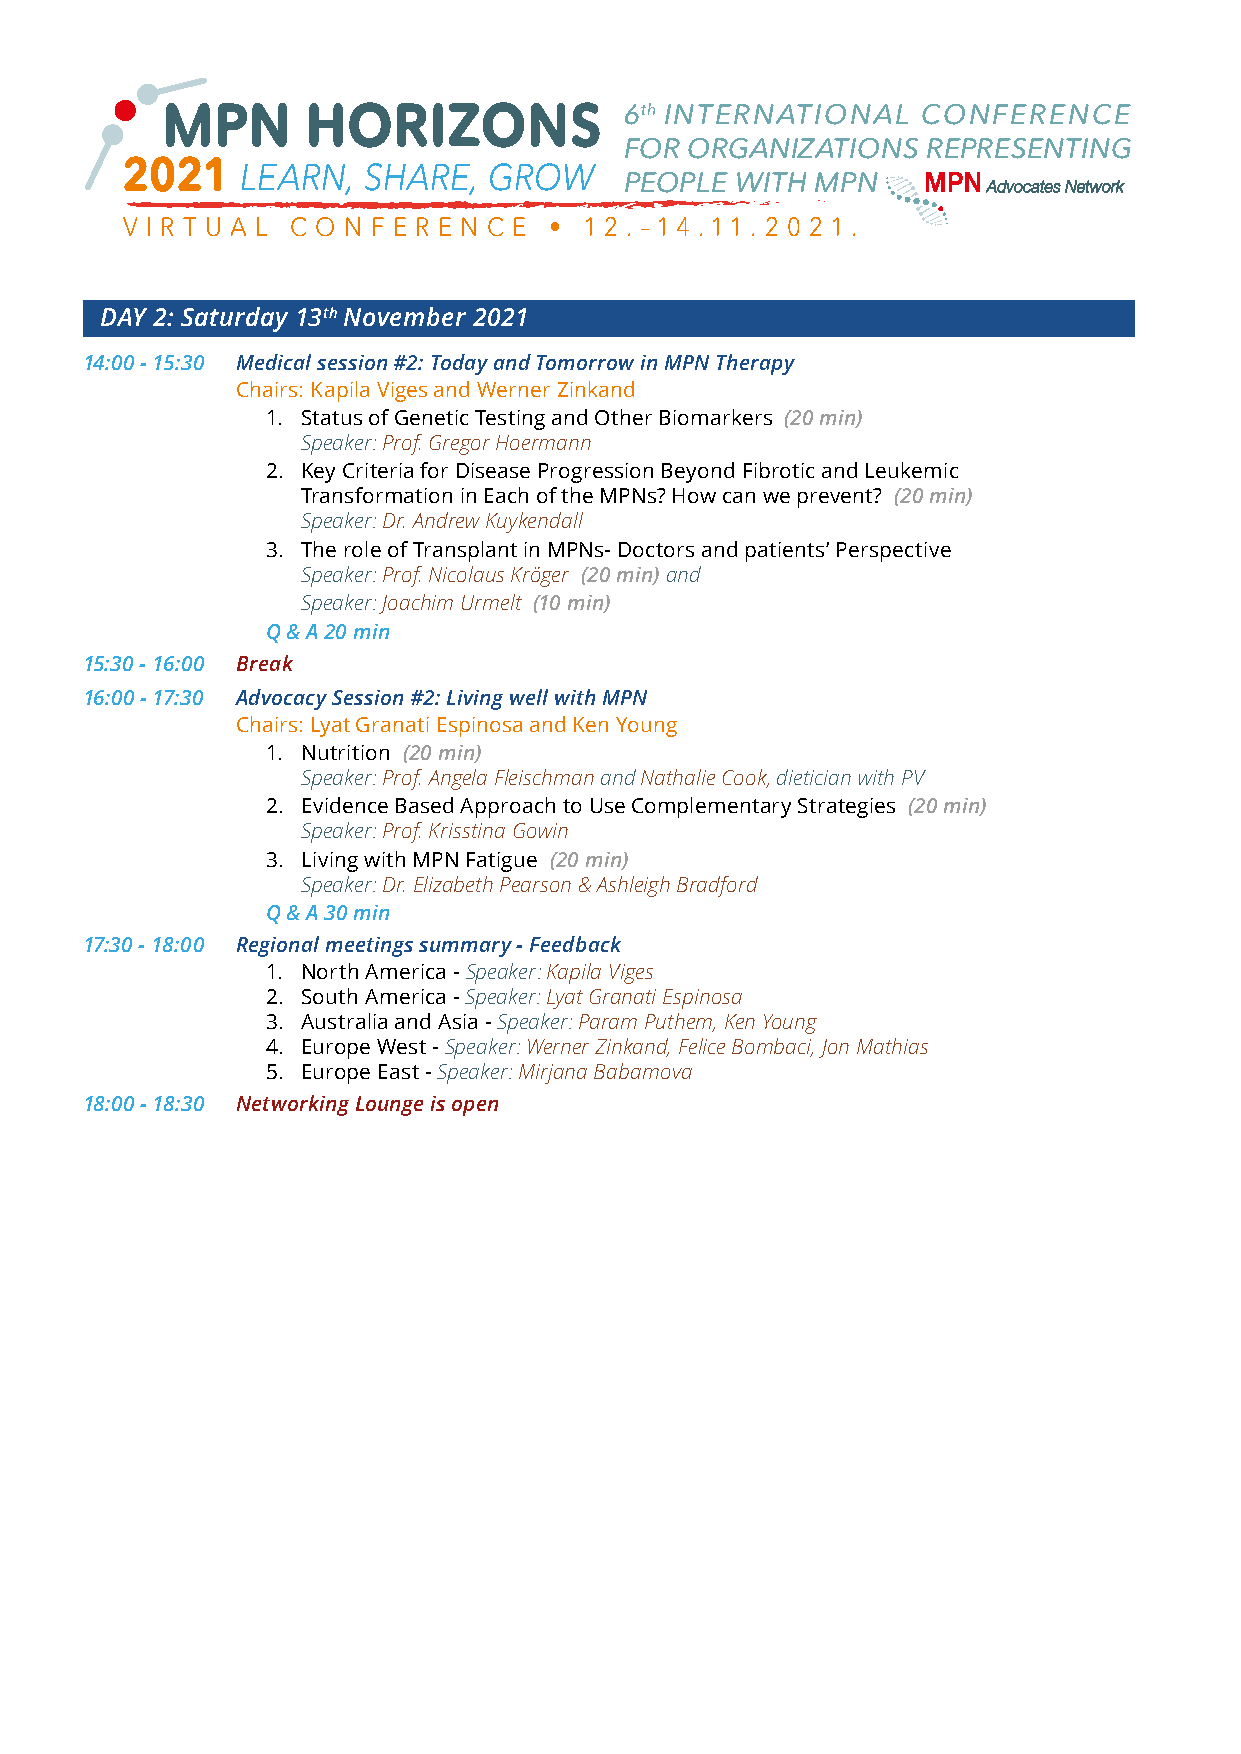
MPN      HORIZONS             6th INTERNATIONAL   CONFERENCE
 FOR  ORGANIZATIONS  REPRESENTING
 2021
 LEARN,  SHARE,  GROW
 PEOPLE  WITH MPN
 V I R T U A L C O N F E R E N C E • 1 2 . – 1 4 .11 . 2 0 2 1 .
 DAY 2: Saturday 13th November 2021
 14:00 - 15:30 Medical session #2: Today and Tomorrow in MPN Therapy
 Chairs: Kapila Viges and Werner Zinkand
 1. Status of Genetic Testing and Other Biomarkers (20 min)
 Speaker: Prof. Gregor Hoermann
 2. Key Criteria for Disease Progression Beyond Fibrotic and Leukemic
 Transformation in Each of the MPNs? How can we prevent? (20 min)
 Speaker: Dr. Andrew Kuykendall
 3. The role of Transplant in MPNs- Doctors and patients’ Perspective
 Speaker: Prof. Nicolaus Kröger (20 min) and
 Speaker: Joachim Urmelt (10 min)
 Q & A 20 min
 15:30 - 16:00 Break
 16:00 - 17:30 Advocacy Session #2: Living well with MPN
 Chairs: Lyat Granati Espinosa and Ken Young
 1. Nutrition (20 min)
 Speaker: Prof. Angela Fleischman and Nathalie Cook, dietician with PV
 2. Evidence Based Approach to Use Complementary Strategies (20 min)
 Speaker: Prof. Krisstina Gowin
 3. Living with MPN Fatigue (20 min)
 Speaker: Dr. Elizabeth Pearson & Ashleigh Bradford
 Q & A 30 min
 17:30 - 18:00 Regional meetings summary - Feedback
 1. North America - Speaker: Kapila Viges
 2. South America - Speaker: Lyat Granati Espinosa
 3. Australia and Asia - Speaker: Param Puthem, Ken Young
 4. Europe West - Speaker: Werner Zinkand, Felice Bombaci, Jon Mathias
 5. Europe East - Speaker: Mirjana Babamova
 18:00 - 18:30 Networking Lounge is open